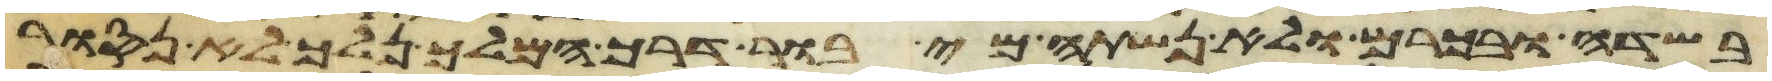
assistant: בשדה ובכרם ולא נשתה מי בור דרך המלך נלך לא נסור